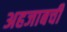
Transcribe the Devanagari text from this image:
अहजाबची